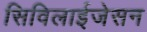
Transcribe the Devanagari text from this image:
सिविलाईजेसन